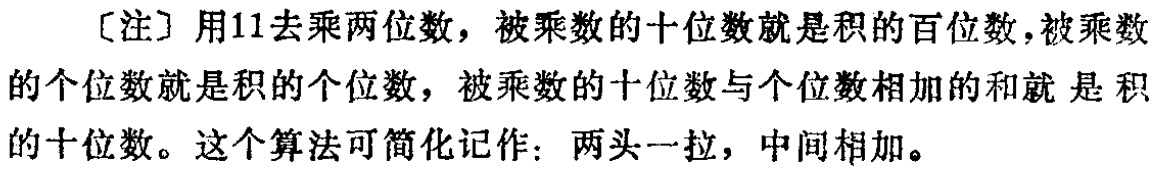
[注] 用\(11\)去乘两位数，被乘数的十位数就是积的百位数，被乘数的个位数就是积的个位数，被乘数的十位数与个位数相加的和就 是积的十位数。这个算法可简化记作：两头一拉，中间相加。